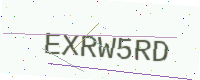
Text: EXRW5RD